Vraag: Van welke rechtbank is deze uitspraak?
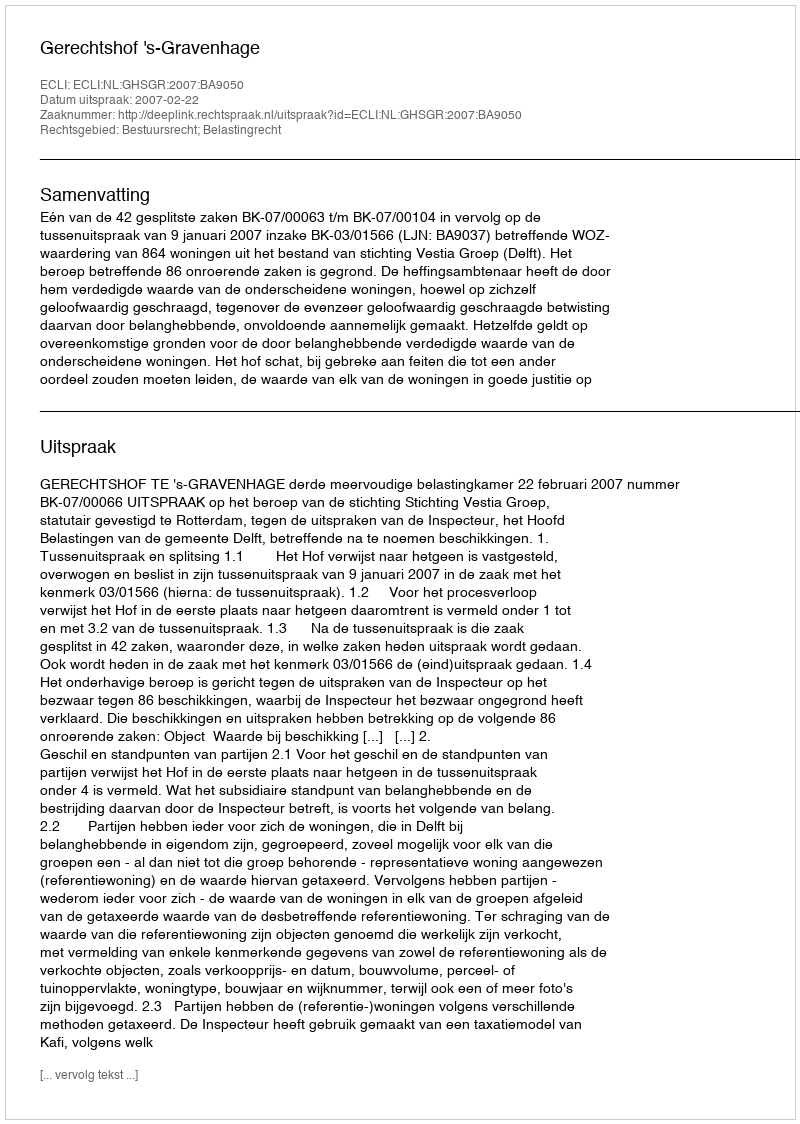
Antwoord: Gerechtshof 's-Gravenhage